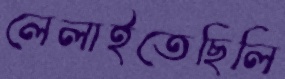
লেলাইতেছিলি